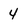
Character: 4